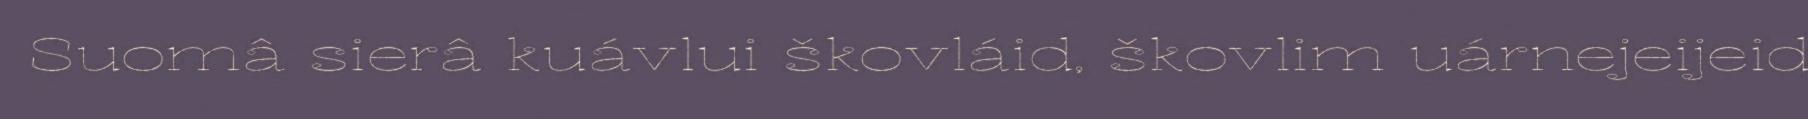
Suomâ sierâ kuávlui škovláid, škovlim uárnejeijeid